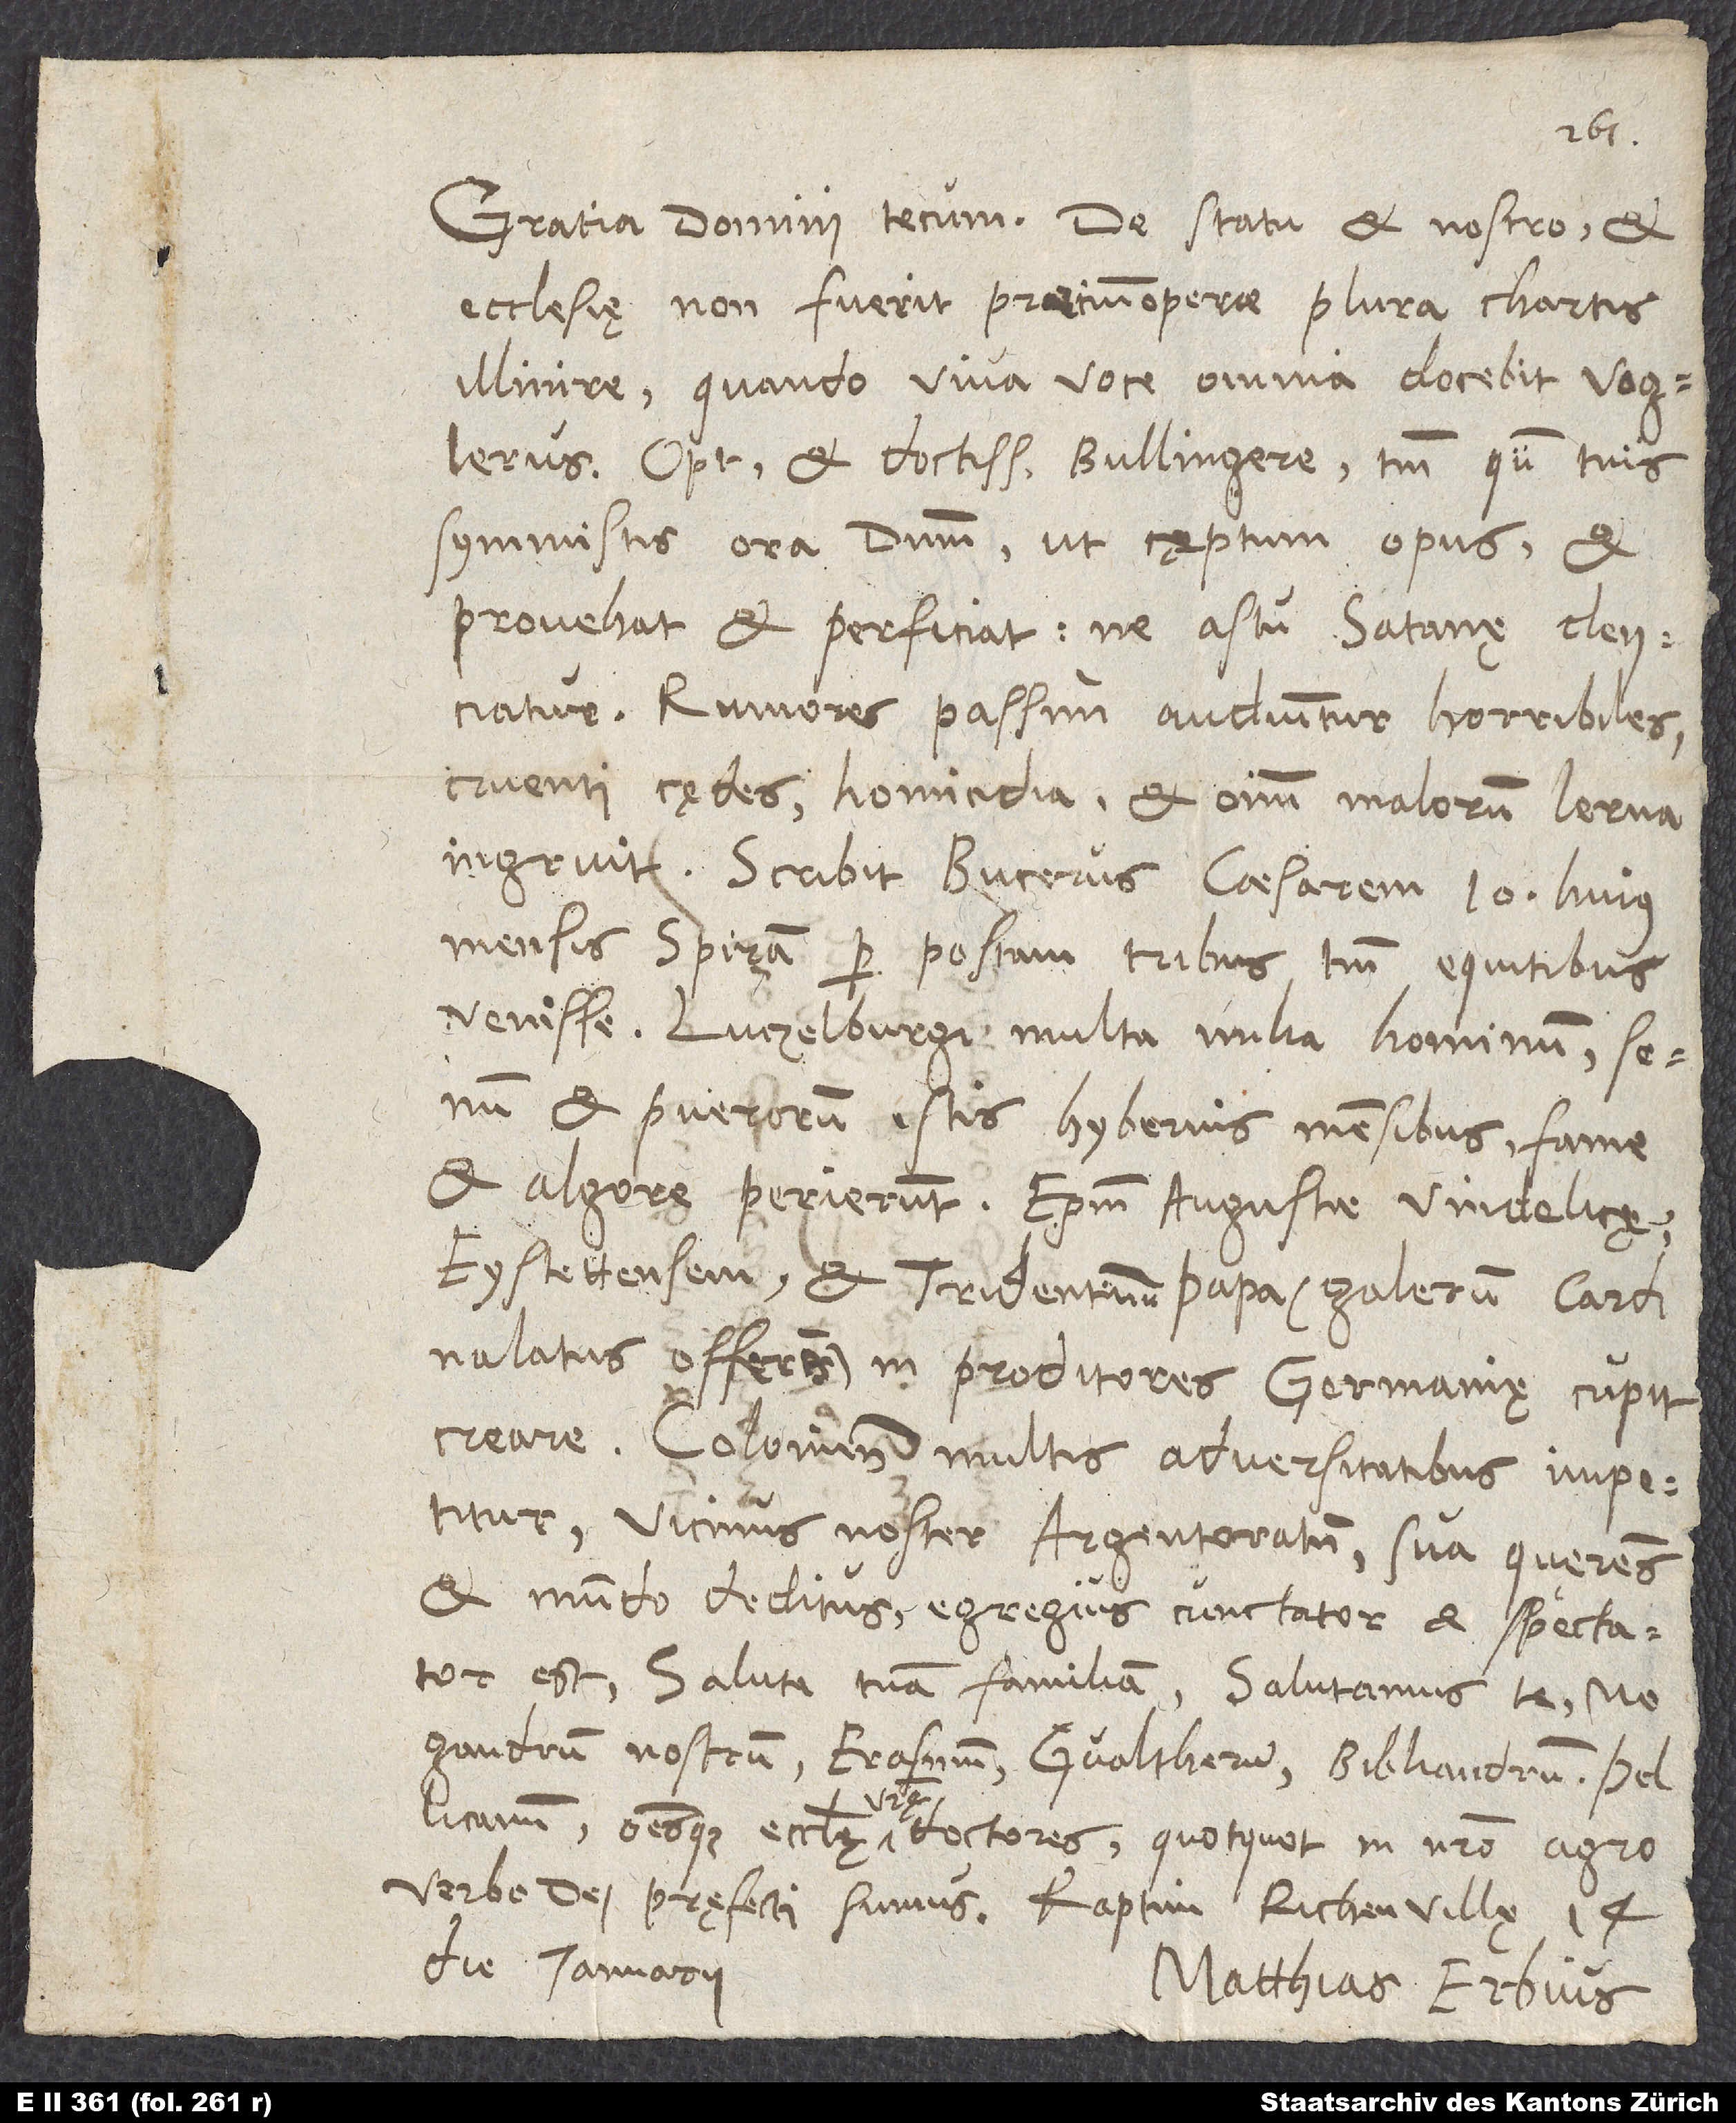
Gratia domini tecum. De statu et nostro et
ecclesię non fuerit precium operae plura chartis
illinire, quando viva voce omnia docebit Voglerus,
optime et doctissime Bullingere; tantum qum tuis
symmistis ora dominum, ut cęptum opus et
provehat et perficiat, ne astu satanę deiiciatur.
Rumores passim audiuntur horribiles,
cruentae cędes, homicidia et omnium malorum Lerna
ingruit. Scribit Bucerus caesarem 10. huius
mensis Spiram per postam tribus tantum equitibus
venisse. Luczelburgi multa milia hominum, senum
et puerorum istis hybernis mensibus fame
et algore perierunt. Episcopum Augustae Vindelicę,
Eystettensem et Tridentinum papa (galerum cardinalatus
offerens) in proditores Germanię cupit
Coloniensis multis adversitatibus impetitur;
vicinus noster, Argentoratensis, sua quęrens
et mundo deditus, egregius cunctator et spectator
est. Saluta tuam familiam. Salutamus te,
Megandrum nostrum, Erasmum, Gvaltherum, Bibliandrum, Pellicanum
omnesque ecclesię vestrę doctores, quotquot in nostro agro
verbo dei pręfecti sumus. Raptim, Richenvillę, 14.
die ianuarii.
Matthias Erbius.